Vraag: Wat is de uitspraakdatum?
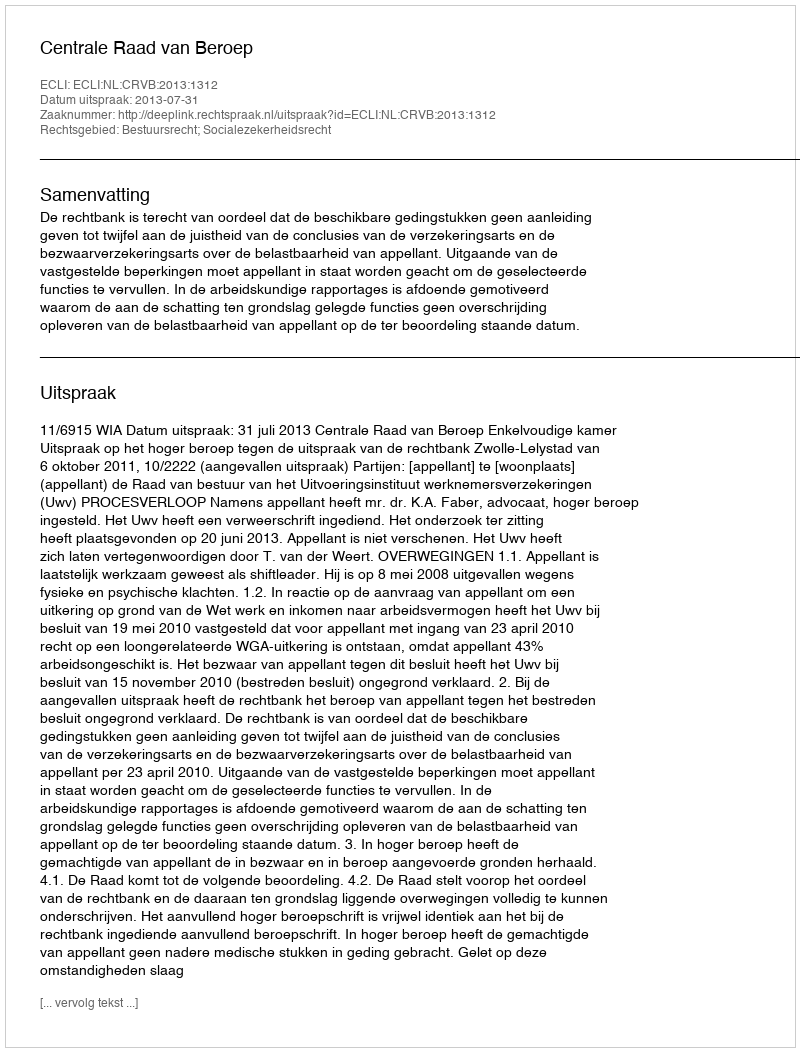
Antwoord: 2013-07-31